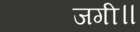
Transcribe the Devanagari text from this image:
जगी॥